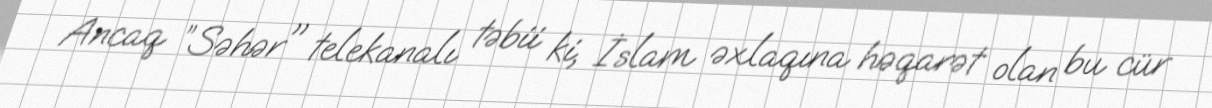
Ancaq ”Səhər" telekanalı təbii ki, İslam əxlaqına həqarət olan bu cür